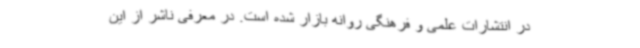
در انتشارات علمی و فرهنگی روانه بازار شده است. در معرفی ناشر از این